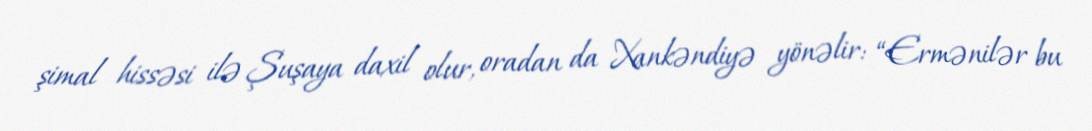
şimal hissəsi ilə Şuşaya daxil olur, oradan da Xankəndiyə yönəlir: “Ermənilər bu